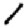
Digit: 1